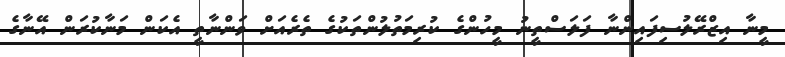
މީނާ އިޒްރޭލުސިފައިންނާ ފަލަސްތީނު މީހުންގެ ކުރިމަތުލުންތަކުގެ ތެރެއަށް ވަންނާތީ އެކަން މަނާކުރަން އޭނާގެ